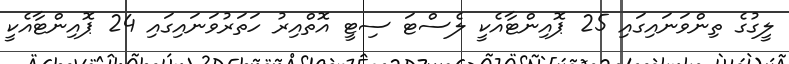
ލީގުގެ ތިންވަނައިގައި 25 ޕޮއިންޓާއެކީ ލެސްޓަ ސިޓީ އޮތްއިރު ހަތަރުވަނައިގައި 24 ޕޮއިންޓާއެކީ